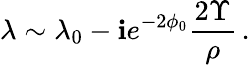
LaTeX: \lambda\sim\lambda_{0}-\mathbf{i}e^{-2\phi_{0}}\frac{{2\Upsilon}}{{\rho}}\, .